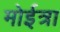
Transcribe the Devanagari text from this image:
मोईत्रा